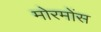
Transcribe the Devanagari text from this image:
मोरमोंस